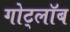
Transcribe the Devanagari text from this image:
गोट्लॉब